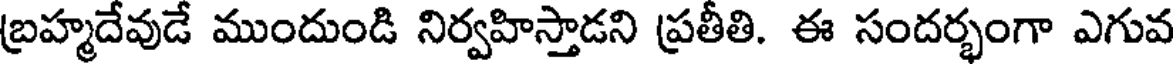
బ్రహ్మదేవుడే ముందుండి నిర్వహిస్తాడని ప్రతీతి. ఈ సందర్భంగా ఎగువ